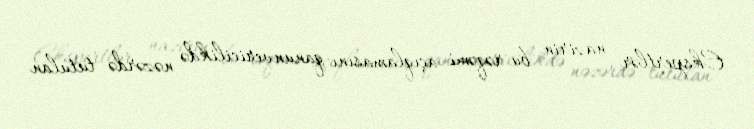
Ekspertlər nazirin bu rəqəmi açıqlamasını qanunvericilikdə nəzərdə tutulan